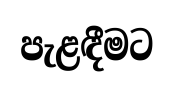
පැළඳීමට